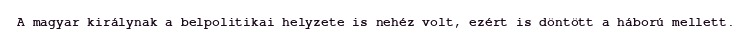
A magyar királynak a belpolitikai helyzete is nehéz volt, ezért is döntött a háború mellett.